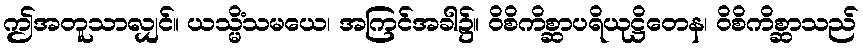
ဤအတူသာလျှင်။ ယသ္မိံသမယေ၊ အကြင်အခါ၌။ ဝိစိကိစ္ဆာပရိယုဋ္ဌိတေန၊ ဝိစိကိစ္ဆာသည်